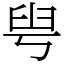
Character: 𦥚